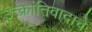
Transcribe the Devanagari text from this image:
उत्क्रांतिवादाचे